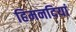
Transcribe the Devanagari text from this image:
हिमनदियां